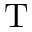
\mathrm { T }